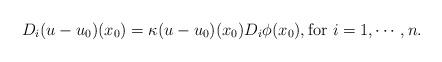
LaTeX: \begin{align*}D_i(u-u_0)(x_0)=\kappa (u-u_0)(x_0) D_i \phi(x_0), {\rm for} \ i=1,\cdots, n.\end{align*}